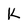
Character: k